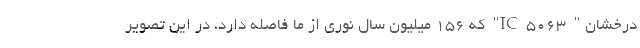
درخشان" IC ۵۰۶۳" که ۱۵۶ میلیون سال نوری از ما فاصله دارد، در این تصویر